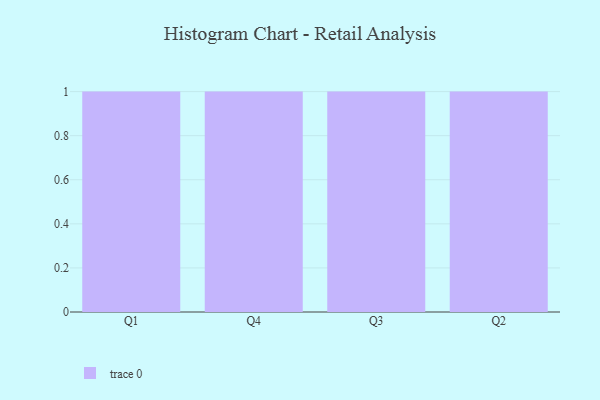
{"axis": {"x": "Quarter", "y": "Satisfaction Score"}, "legend": [""], "data": [{"x": "Q1", "y": 96, "type": ""}, {"x": "Q4", "y": 100, "type": ""}, {"x": "Q3", "y": 83, "type": ""}, {"x": "Q2", "y": 92, "type": ""}]}